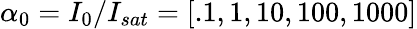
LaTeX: \alpha_{0}=I_{0}/I_{sat}=[.1,1,10,100,1000]